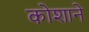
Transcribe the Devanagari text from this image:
कोशाने